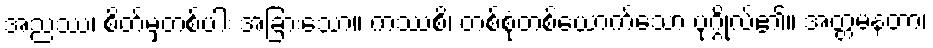
အညဿ၊ စိတ်မှတစ်ပါး အခြားသော။ ကဿစိ၊ တစ်စုံတစ်ယောက်သော ပုဂ္ဂိုလ်၏။ အတ္တမနတာ၊